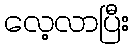
လေ့လာပြီး